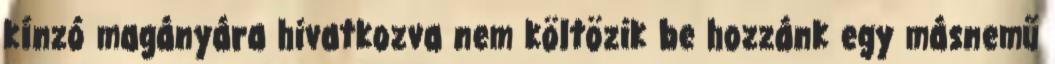
kínzó magányára hivatkozva nem költözik be hozzánk egy másnemű